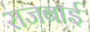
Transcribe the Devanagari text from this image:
राजबाई